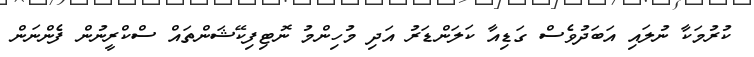
ކުރުމަކާ ނުލައި އަބަދުވެސް ގަޑިއާ ކަލަންޑަރު އަދި މުހިންމު ނޮޓިފިކޭޝަންތައް ސްކްރީނުން ފެންނަން